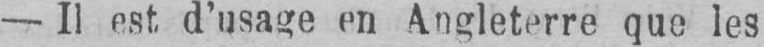
- Il est d’usage en Angleterre que les